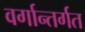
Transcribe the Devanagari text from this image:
वर्गान्तर्गत